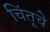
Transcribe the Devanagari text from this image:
चिंतूचे